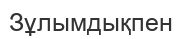
Зұлымдықпен